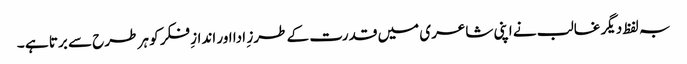
بہ لفظ دیگر غالب نے اپنی شاعری میں قدرت کے طرز ِ ادا اور اندازِ فکر کو ہر طرح سے برتا ہے ۔